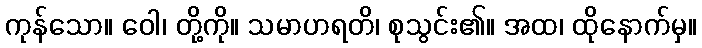
ကုန်သော။ ဝေါ၊ တို့ကို။ သမာဟရတိ၊ စုသွင်း၏။ အထ၊ ထိုနောက်မှ။